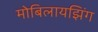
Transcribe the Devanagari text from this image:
मोबिलायझिंग